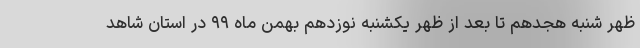
ظهر شنبه هجدهم تا بعد از ظهر یکشنبه نوزدهم بهمن ماه ۹۹ در استان شاهد